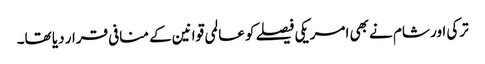
ترکی اور شام نے بھی امریکی فیصلے کو عالمی قوانین کے منافی قرار دیا تھا۔